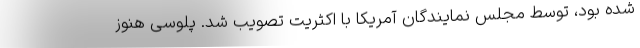
شده بود، توسط مجلس نمایندگان آمریکا با اکثریت تصویب شد. پلوسی هنوز